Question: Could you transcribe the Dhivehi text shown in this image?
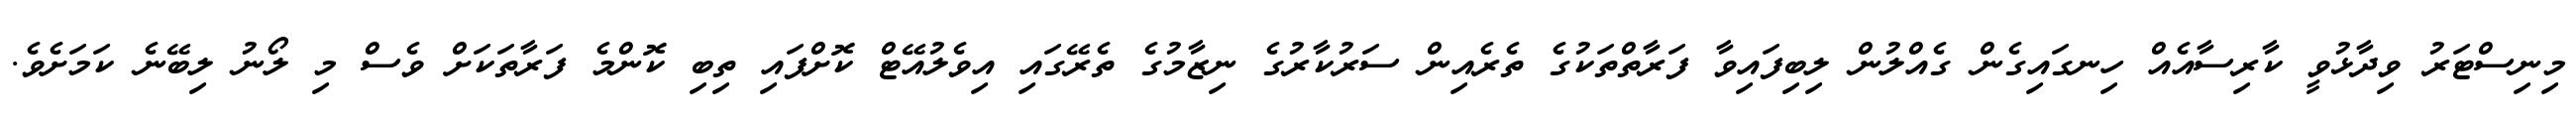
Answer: މިނިސްޓަރު ވިދާޅުވީ ކާރިސާއެއް ހިނގައިގެން ގެއްލުން ލިބިފައިވާ ފަރާތްތަކުގެ ތެރެއިން ސަރުކާރުގެ ނިޒާމުގެ ތެރޭގައި އިވެލުއޭޓް ކޮށްފައި ތިބި ކޮންމެ ފަރާތަކަށް ވެސް މި ލޯނު ލިބޭނެ ކަމަށެވެ.